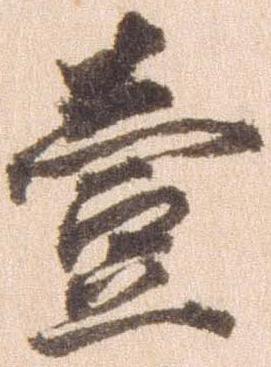
壱